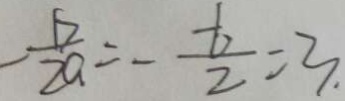
- \frac { b } { 2 a } = - \frac { - b } { 2 } = 3 .